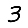
Digit: 3